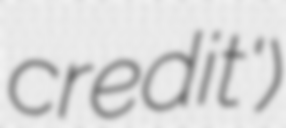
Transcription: credit')